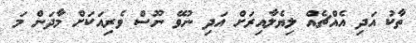
ތާކު އަދި އެއްޗެއް ލިޔެލާއިރަށް އަދި ނުވޭ ނޫސް ވެރިއަކަށް މާދަން މަ